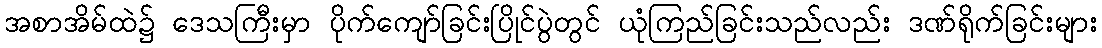
အစာအိမ်ထဲ၌ ဒေသကြီးမှာ ပိုက်ကျော်ခြင်းပြိုင်ပွဲတွင် ယုံကြည်ခြင်းသည်လည်း ဒဏ်ရိုက်ခြင်းများ